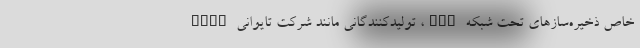
خاص ذخیره‌سازهای تحت شبکه NAS، تولید‌کنندگانی مانند شرکت تایوانی QNAP